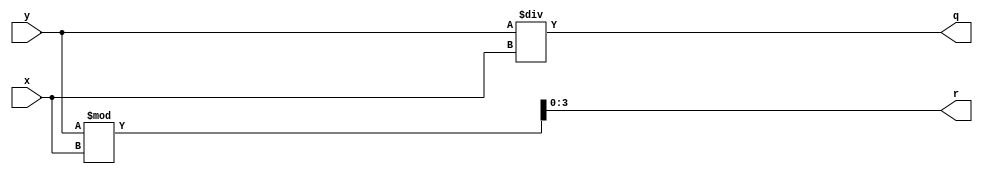
module quotient_divider(input [10:0] y,
              input [3:0] x, 
              output reg[10:0] q,
              output reg [3:0] r);
	
  always@(*) begin  
  
    q <= y / x;
  	r <= y%x;
  	
  end

endmodule